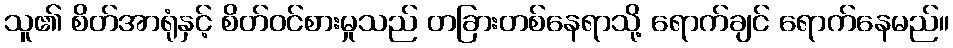
သူ၏ စိတ်အာရုံနှင့် စိတ်ဝင်စားမှုသည် တခြားတစ်နေရာသို့ ရောက်ချင် ရောက်နေမည်။